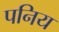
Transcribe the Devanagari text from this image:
पनिय